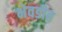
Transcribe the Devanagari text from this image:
भेवडीत